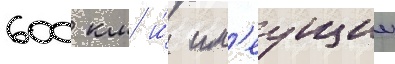
600 км и́ им'еущии